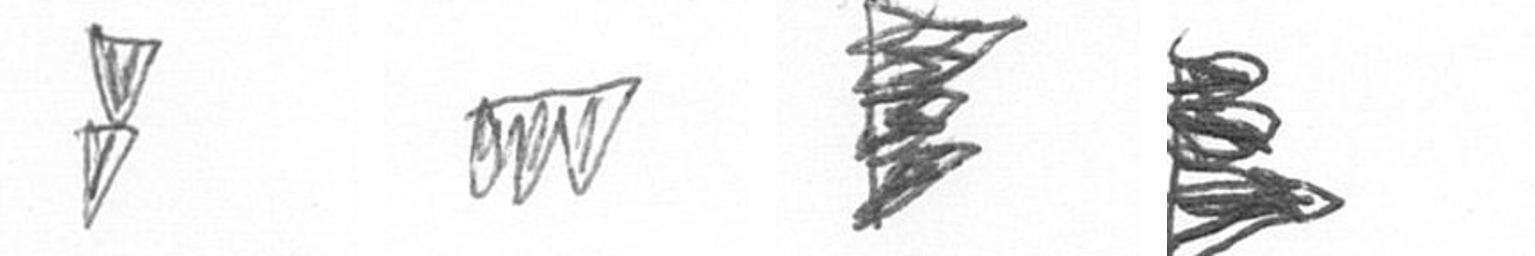
Z L H H